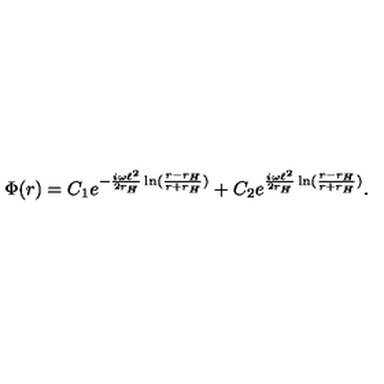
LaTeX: \Phi ( r ) = C _ { 1 } e ^ { - \frac { i \omega \ell ^ { 2 } } { 2 r _ { H } } \ln ( \frac { r - r _ { H } } { r + r _ { H } } ) } + C _ { 2 } e ^ { \frac { i \omega \ell ^ { 2 } } { 2 r _ { H } } \ln ( \frac { r - r _ { H } } { r + r _ { H } } ) } .